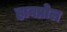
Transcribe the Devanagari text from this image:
हावप्रोल